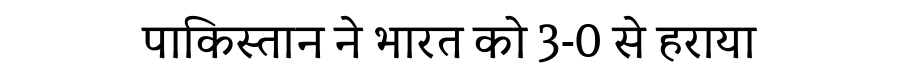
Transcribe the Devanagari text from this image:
पाकिस्तान ने भारत को 3-0 से हराया